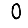
Digit: 0